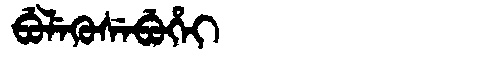
Manchu: ᠪᡠᠯᡝᡴᡠᠰᡝᠪᡠᡥᡝᡳ
Romanization: BULEKUSEBUHEI